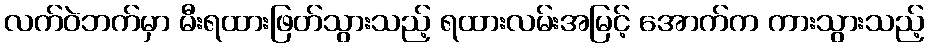
လက်ဝဲဘက်မှာ မီးရထားဖြတ်သွားသည့် ရထားလမ်းအမြင့် အောက်က ကားသွားသည့်